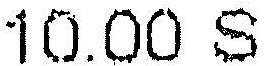
10.00 S